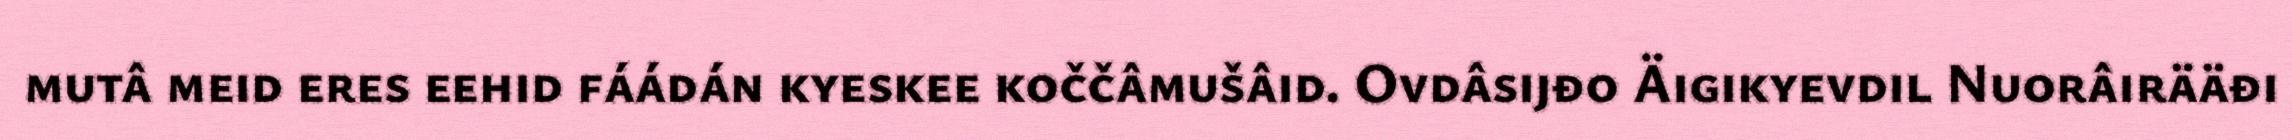
mutâ meid eres eehid fáádán kyeskee koččâmušâid. Ovdâsijđo Äigikyevdil Nuorâirääđi